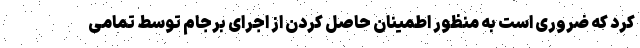
کرد که ضروری است به منظور اطمینان حاصل کردن از اجرای برجام توسط تمامی